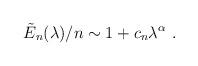
\begin{align*}\tilde{E}_n(\lambda)/n \sim 1 + c_n \lambda^{\alpha} \ .\end{align*}